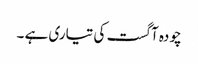
چودہ آگست کی تیاری ہے ۔